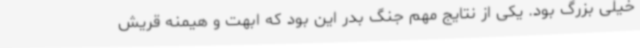
خیلی بزرگ بود. یکی از نتایج مهم جنگ بدر این بود که ابهت و هیمنه قریش